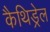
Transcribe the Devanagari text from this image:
कैथिड्रेल